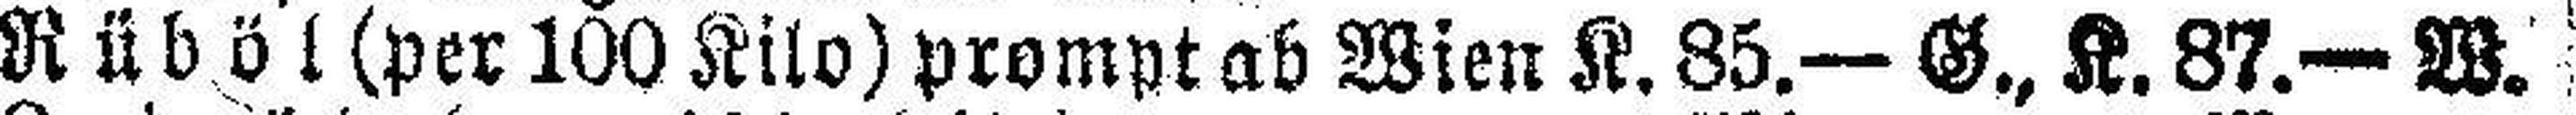
Rüböl (per 100 Kilo) prompt ab Wien K. 85.— G., K. 87.— W.